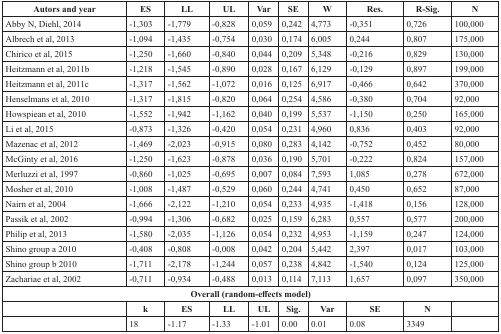
<table><thead><tr><td><b>Autors and year</b></td><td><b>ES</b></td><td><b>LL</b></td><td><b>UL</b></td><td><b>Var</b></td><td><b>SE</b></td><td><b>W</b></td><td><b>Res.</b></td><td><b>R-Sig.</b></td><td><b>N</b></td></tr></thead><tbody><tr><td>Abby N, Diehl, 2014</td><td>−1,303</td><td>−1,779</td><td>−0,828</td><td>0,059</td><td>0,242</td><td>4,773</td><td>−0,351</td><td>0,726</td><td>100,000</td></tr><tr><td>Albrech et al, 2013</td><td>−1,094</td><td>−1,435</td><td>−0,754</td><td>0,030</td><td>0,174</td><td>6,005</td><td>0,244</td><td>0,807</td><td>175,000</td></tr><tr><td>Chirico et al, 2015</td><td>−1,250</td><td>−1,660</td><td>−0,840</td><td>0,044</td><td>0,209</td><td>5,348</td><td>−0,216</td><td>0,829</td><td>130,000</td></tr><tr><td>Heitzmann et al, 2011b</td><td>−1,218</td><td>−1,545</td><td>−0,890</td><td>0,028</td><td>0,167</td><td>6,129</td><td>−0,129</td><td>0,897</td><td>199,000</td></tr><tr><td>Heitzmann et al, 2011c</td><td>−1,317</td><td>−1,562</td><td>−1,072</td><td>0,016</td><td>0,125</td><td>6,917</td><td>−0,466</td><td>0,642</td><td>370,000</td></tr><tr><td>Henselmans et al, 2010</td><td>−1,317</td><td>−1,815</td><td>−0,820</td><td>0,064</td><td>0,254</td><td>4,586</td><td>−0,380</td><td>0,704</td><td>92,000</td></tr><tr><td>Howspiean et al, 2010</td><td>−1,552</td><td>−1,942</td><td>−1,162</td><td>0,040</td><td>0,199</td><td>5,537</td><td>−1,150</td><td>0,250</td><td>165,000</td></tr><tr><td>Li et al, 2015</td><td>−0,873</td><td>−1,326</td><td>−0,420</td><td>0,054</td><td>0,231</td><td>4,960</td><td>0,836</td><td>0,403</td><td>92,000</td></tr><tr><td>Mazenac et al, 2012</td><td>−1,469</td><td>−2,023</td><td>−0,915</td><td>0,080</td><td>0,283</td><td>4,142</td><td>−0,752</td><td>0,452</td><td>80,000</td></tr><tr><td>McGinty et al, 2016</td><td>−1,250</td><td>−1,623</td><td>−0,878</td><td>0,036</td><td>0,190</td><td>5,701</td><td>−0,222</td><td>0,824</td><td>157,000</td></tr><tr><td>Merluzzi et al, 1997</td><td>−0,860</td><td>−1,025</td><td>−0,695</td><td>0,007</td><td>0,084</td><td>7,593</td><td>1,085</td><td>0,278</td><td>672,000</td></tr><tr><td>Mosher et al, 2010</td><td>−1,008</td><td>−1,487</td><td>−0,529</td><td>0,060</td><td>0,244</td><td>4,741</td><td>0,450</td><td>0,652</td><td>87,000</td></tr><tr><td>Nairn et al, 2004</td><td>−1,666</td><td>−2,122</td><td>−1,210</td><td>0,054</td><td>0,233</td><td>4,935</td><td>−1,418</td><td>0,156</td><td>128,000</td></tr><tr><td>Passik et al, 2002</td><td>−0,994</td><td>−1,306</td><td>−0,682</td><td>0,025</td><td>0,159</td><td>6,283</td><td>0,557</td><td>0,577</td><td>200,000</td></tr><tr><td>Philip et al, 2013</td><td>−1,580</td><td>−2,035</td><td>−1,126</td><td>0,054</td><td>0,232</td><td>4,953</td><td>−1,159</td><td>0,247</td><td>124,000</td></tr><tr><td>Shino group a 2010</td><td>−0,408</td><td>−0,808</td><td>−0,008</td><td>0,042</td><td>0,204</td><td>5,442</td><td>2,397</td><td>0,017</td><td>103,000</td></tr><tr><td>Shino group b 2010</td><td>−1,711</td><td>−2,178</td><td>−1,244</td><td>0,057</td><td>0,238</td><td>4,842</td><td>−1,540</td><td>0,124</td><td>125,000</td></tr><tr><td>Zachariae et al, 2002</td><td>−0,711</td><td>−0,934</td><td>−0,488</td><td>0,013</td><td>0,114</td><td>7,113</td><td>1,657</td><td>0,097</td><td>350,000</td></tr><tr><td colspan="10"><b>Overall (random-effects model)</b></td></tr><tr><td>[EMPTY_CELL]</td><td><b>k</b></td><td><b>ES</b></td><td><b>LL</b></td><td><b>UL</b></td><td><b>Sig</b>.</td><td><b>Var</b></td><td><b>SE</b></td><td><b>N</b></td><td>[EMPTY_CELL]</td></tr><tr><td>[EMPTY_CELL]</td><td>18</td><td>−1.17</td><td>−1.33</td><td>−1.01</td><td>0.00</td><td>0.01</td><td>0.08</td><td>3349</td><td>[EMPTY_CELL]</td></tr></tbody></table>